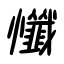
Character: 懺